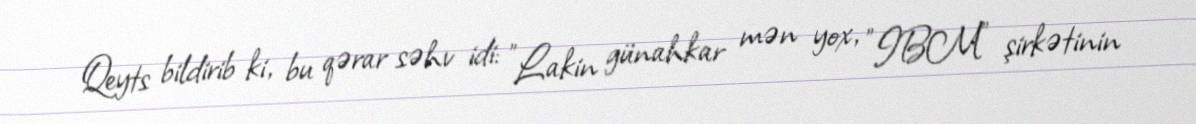
Qeyts bildirib ki, bu qərar səhv idi: "Lakin günahkar mən yox, "IBM" şirkətinin